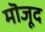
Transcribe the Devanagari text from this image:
मॊजूद